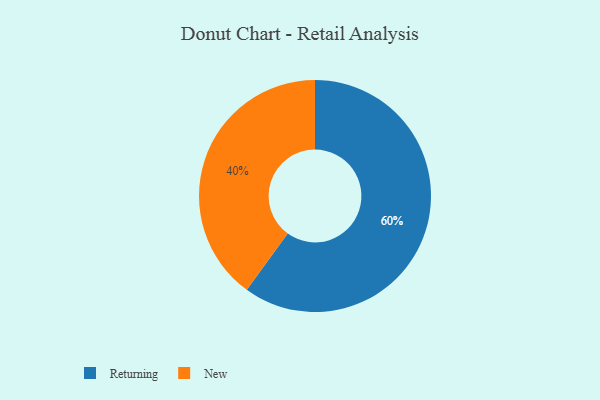
{"axis": {"x": "Category", "y": "Percentage"}, "legend": ["New", "Returning"], "data": [{"x": "New", "y": 40, "type": "New"}, {"x": "Returning", "y": 60, "type": "Returning"}]}